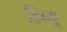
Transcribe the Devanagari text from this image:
हिब्र्यू